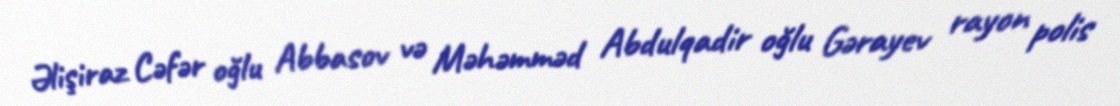
Əlişiraz Cəfər oğlu Abbasov və Məhəmməd Abdulqadir oğlu Gərayev rayon polis